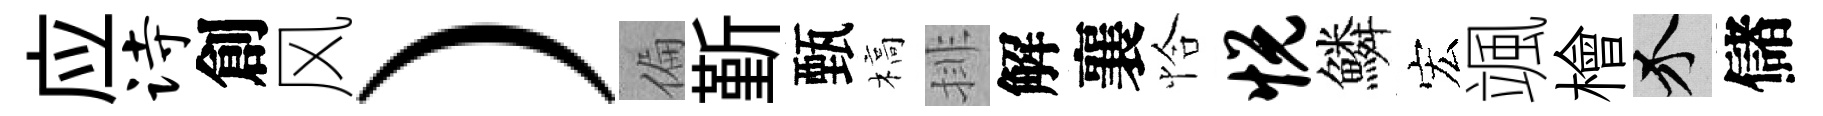
应诗創风）偏斳甄槁排解襄恰悦鱗宏颯檜介儲